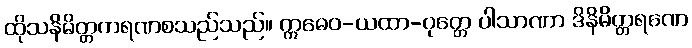
ထိုသနိမိတ္တကရဏစသည်သည်။ ဣဓေဝ-ယထာ-ဝုတ္တေ ပါသာဏာ ဒိနိမိတ္တရဏေ